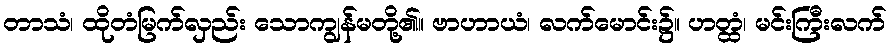
တာသံ၊ ထိုတံမြက်လှည်း သောကျွန်မတို့၏။ ဗာဟာယံ၊ လက်မောင်း၌။ ဟတ္ထံ၊ မင်းကြီးလက်